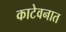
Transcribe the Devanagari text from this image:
काटेवनात